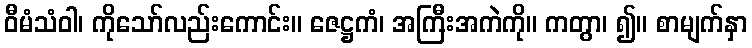
ဝီမံသံဝါ၊ ကိုသော်လည်းကောင်း။ ဇေဋ္ဌကံ၊ အကြီးအကဲကို။ ကတွာ၊ ၍။ စာမျက်နှာ